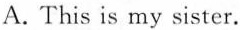
A . This is my sister.